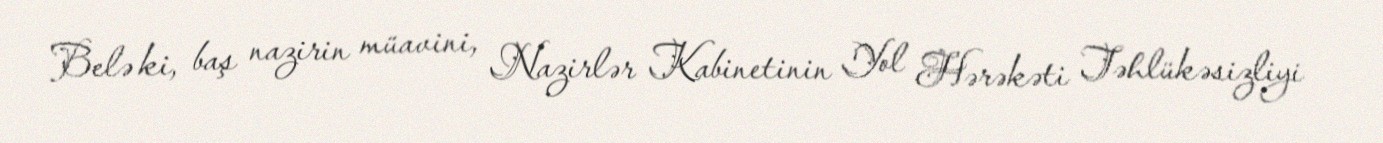
Belə ki, baş nazirin müavini, Nazirlər Kabinetinin Yol Hərəkəti Təhlükəsizliyi